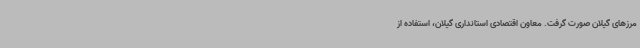
مرزهای گیلان صورت گرفت. معاون اقتصادی استانداری گیلان، استفاده از